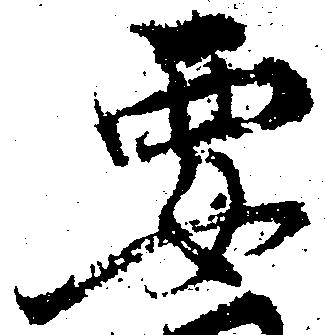
要